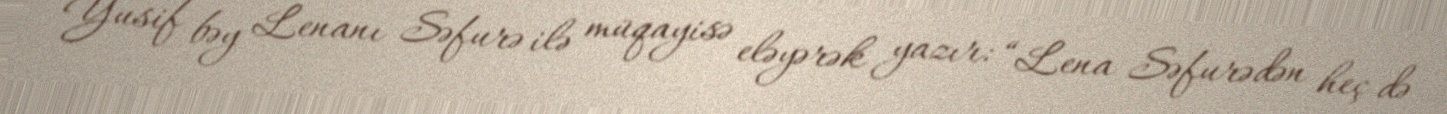
Yusif bəy Lenanı Səfurə ilə müqayisə eləyərək yazır: “Lena Səfurədən heç də